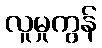
လူမှုကွန်